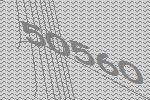
50560